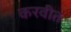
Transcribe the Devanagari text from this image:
करवीत